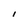
Character: l